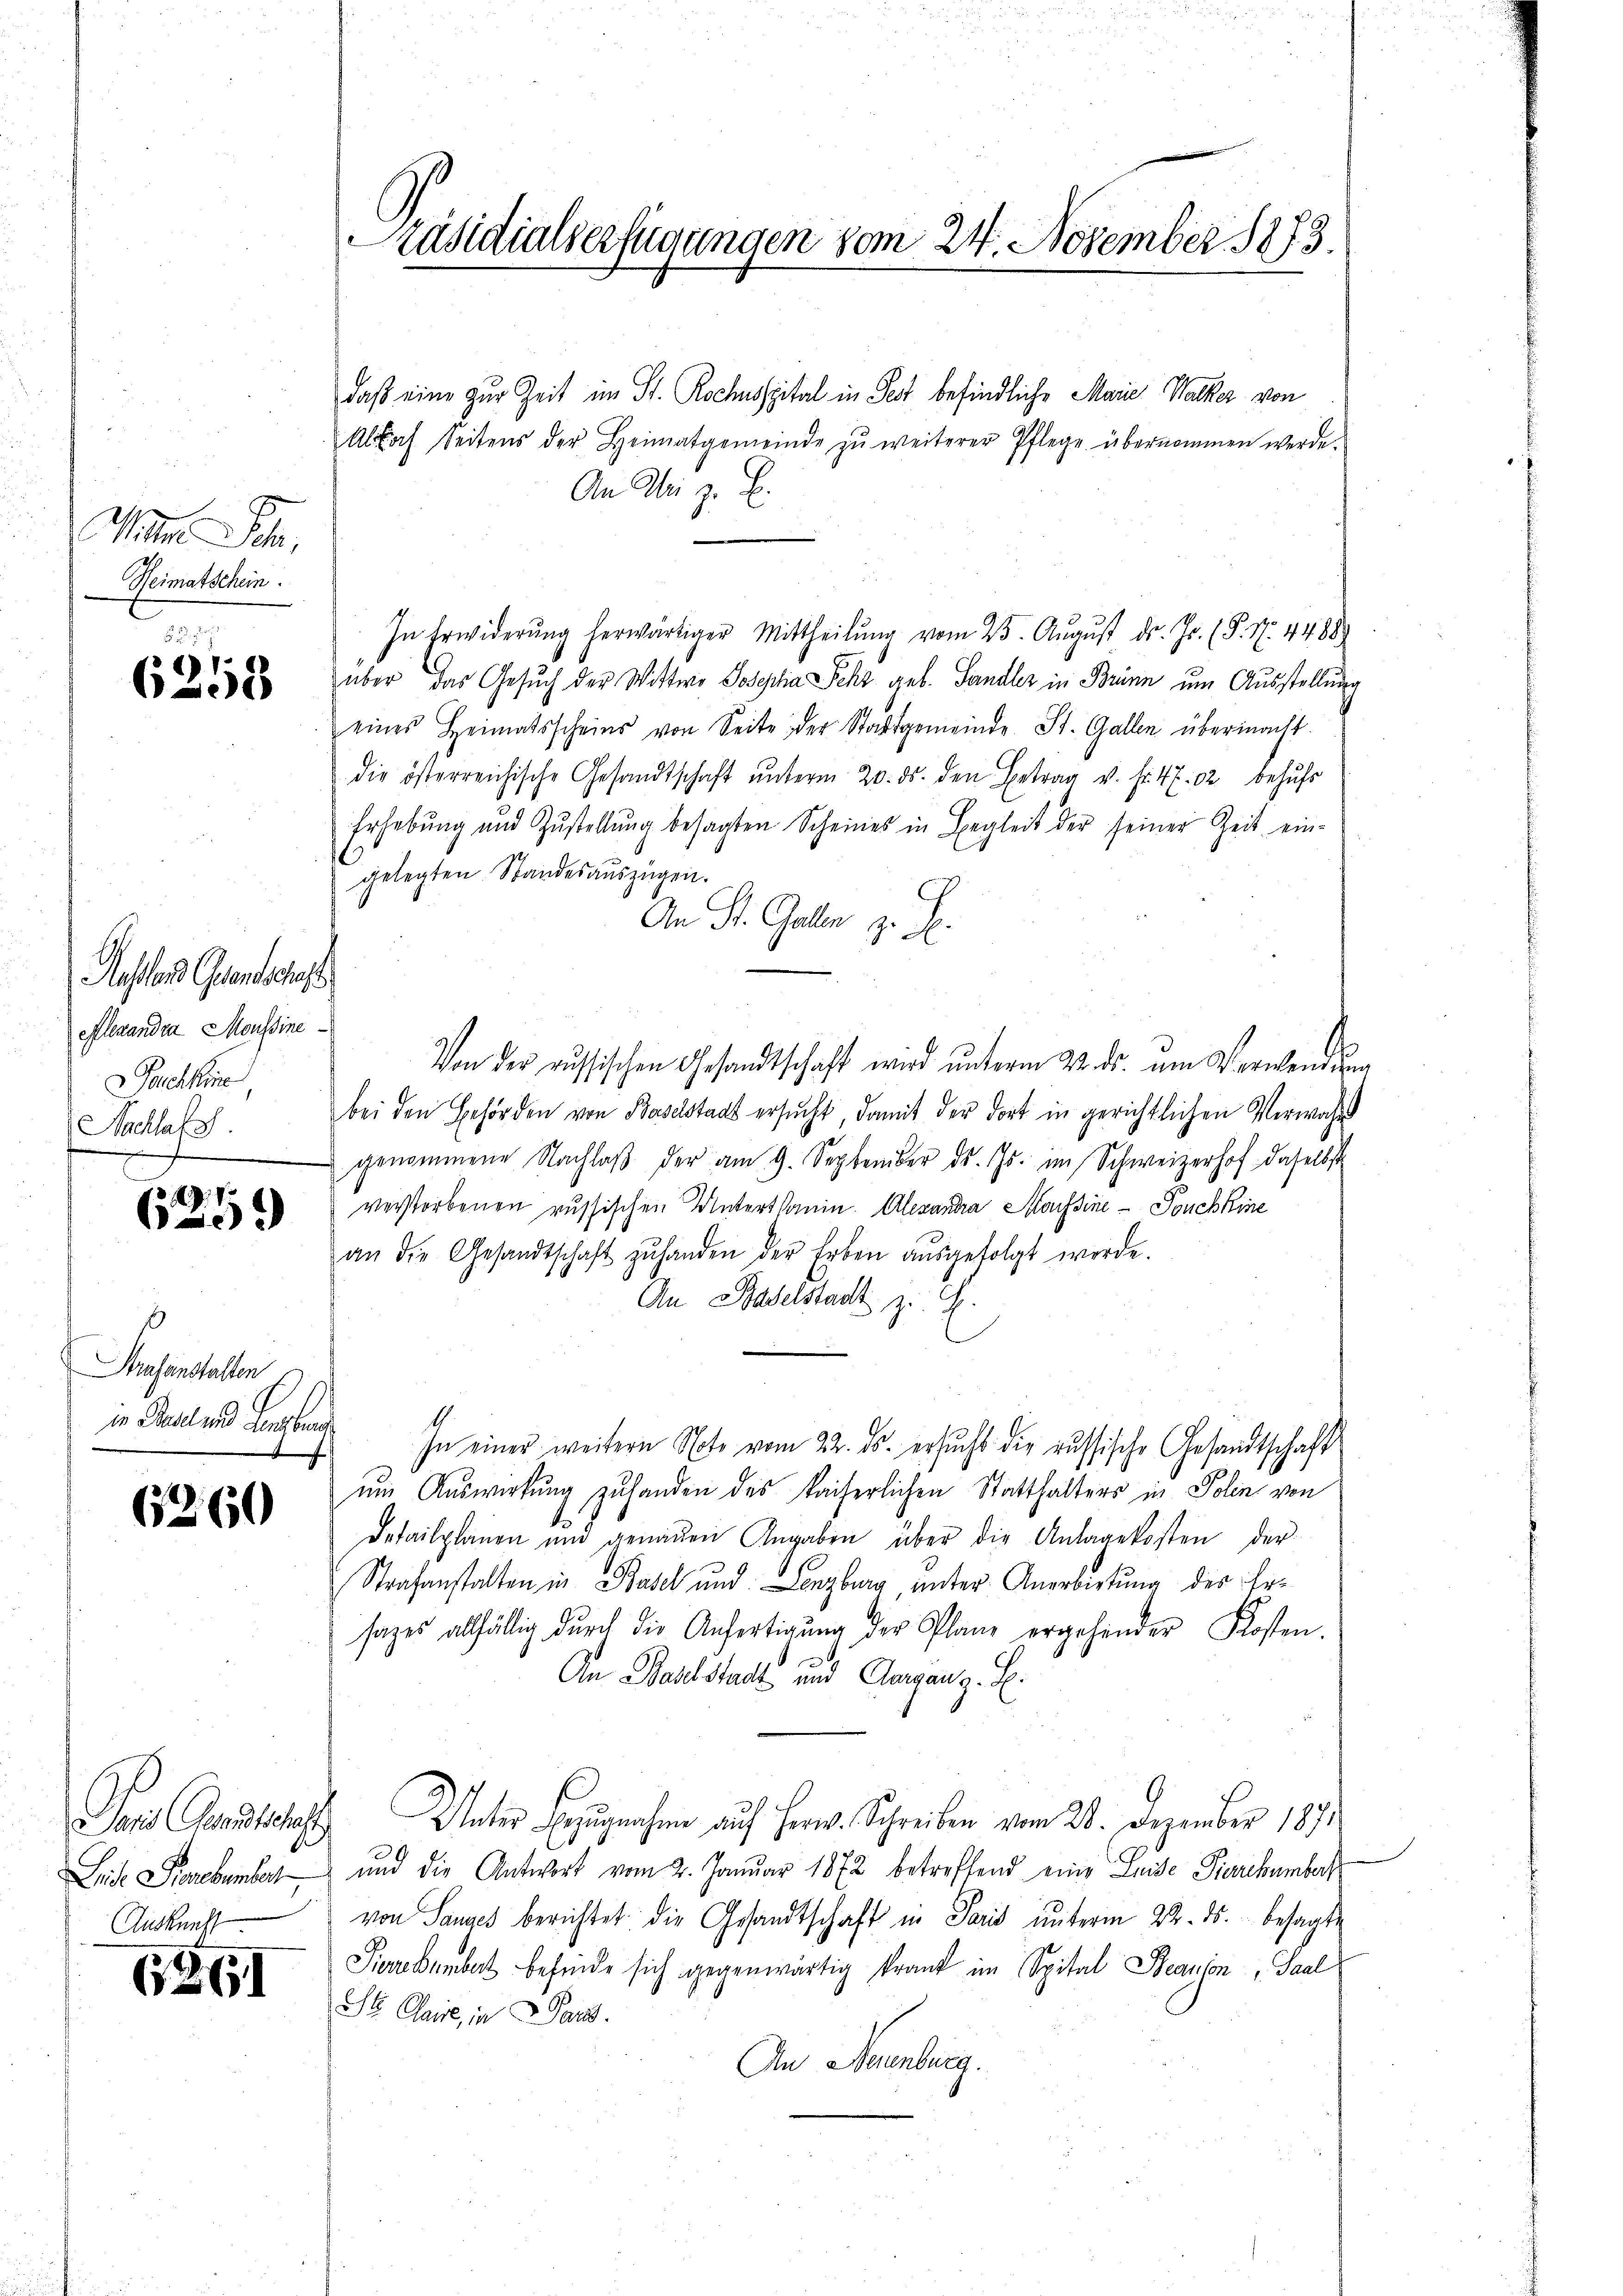
Mitter Sohn,
Reimatschein.

6358

Restern Grandsges
eflexandra Moussine
Fachkine,
Nachlafs
J

)
0

Sasanstalten

6260

Pons Gesandtschaft
Leide Fiebembert
Auskunft

261

Präsidialserfügungen vom 24. November 1873.

daß eine zur Zeit im St. Rochnsspital in Fest befindliche Marie Wacker von
Abbach Seitens der Heimatgemeinde zŭ weiterer Pflege übernommen werde.
An Uri z. B
In Erwiderung herwärtiger Mittheilung vom 25. August dr. Js. (P. Nr. 44889
über das Gesŭch der Wittwe Josepha Sehr geb. Sandler in Brünn um Ausstellung
eines Heimatsscheins von Seite der Stadtgemeinde St. Gallen übermacht.
die österreichische Gesandtschaft ŭnterm 20. ds. den Betrag v. fr. 4 f. 2 behŭfs
Erhebŭng und Zŭstellŭng besagten Scheines in Begleit der seiner Zeit ein-
gelegten Standesauszügen.
C
An St. Gallen z. B.
Von der aussischen Gesandtschaft wird unterm 22. ds. um Verwendung
bei den Behörden von Baselstadt ersucht, damit der dort in gerichtlichen Verwahrs
genommene Nachlaβ der am 9. September ds. Js. im Schweizerhof daselbst
verstorbenen russischen Unterthanin. Alexandra Marfsine - Fonchkine
an die Gesandtschaft zŭ handen der Erben aŭsgefolgt werde.
An Baselstadt z. Th.
in Fallen Leben In einer weitern Note vom 22. ds. ersucht die russische Gesandtschaft
f
um Auswirkung zu handen des kaiserlichen Statthalters in Polen von
Detailplänen und genaŭen Angaben über die Anlagekosten der
Strafanstalten in Basel und Lenzburg, unter Anerbietung des Ersages allfällig durch die Anfertigŭng der Plane ergehender Kosten.
An Baselstadt und Aargang. S.
Unter Bezugnahme auf Herr. Schreiben vom 24. Dezember 1891
und die Antwort vom 2. Januar 1872 betreffend eine Luise Piarekumber
von Sauges berichtet die Gesandtschaft in Paris ŭnterm 22. ds. besagte
Piurckenbert befinde sich gegenwärtig krank im Spital Beanion, Saal
St Claire, in Pand.
An Neuenburg.